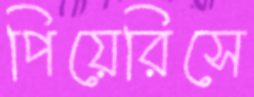
পিয়েরিসে